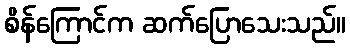
စိန်ကြောင်က ဆက်ပြောသေးသည်။